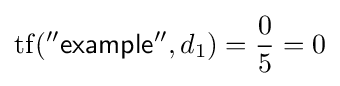
\mathrm {tf} ({\mathsf {''example''}},d_{1})={\frac {0}{5}}=0